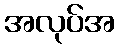
အလုပ်အ